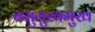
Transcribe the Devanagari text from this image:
बसुमुखमुख